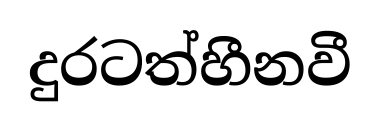
දුරටත්හීනවී